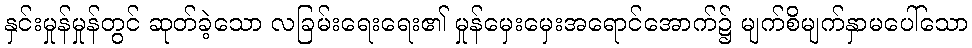
နှင်းမှုန်မှုန်တွင် ဆုတ်ခဲ့သော လခြမ်းရေးရေး၏ မှုန်မှေးမှေးအရောင်အောက်၌ မျက်စိမျက်နှာမပေါ်သော